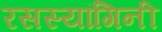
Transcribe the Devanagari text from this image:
रसस्यांगिनी